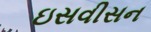
ઇસવીસન